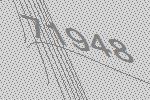
71948